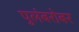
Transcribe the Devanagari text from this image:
पुलंबरोबर